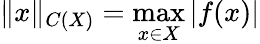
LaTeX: \| x\| _{C(X)}=\max_{x\in X}|f(x)|